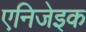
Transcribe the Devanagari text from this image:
एनिजेइक